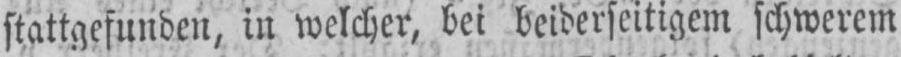
stattgefunden, in welcher, bei beiderseitigem schwerem